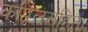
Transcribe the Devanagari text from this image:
कपिलसंहिता